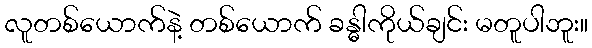
လူတစ်ယောက်နဲ့ တစ်ယောက် ခန္ဓါကိုယ်ချင်း မတူပါဘူး။